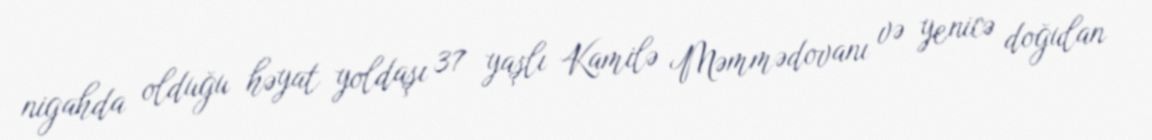
nigahda olduğu həyat yoldaşı 37 yaşlı Kamilə Məmmədovanı və yenicə doğulan